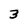
Character: 3